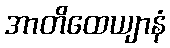
အာတိထေယျာနံ